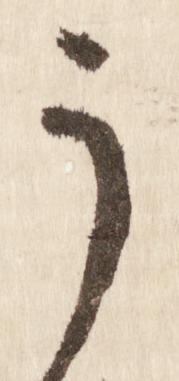
う